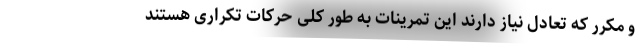
و مکرر که تعادل نیاز دارند این تمرینات به طور کلی حرکات تکراری هستند